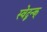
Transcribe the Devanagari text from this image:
स्वेद्बन्क्